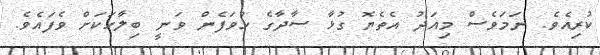
ކުރިއެވެ. ނަމަވެސް މިއަދު އެތެޔޮ ގުޅާ ސާދާގެ ހުވަފެން ވަނީ ބިލާހަކަށް ވެފައެވެ.